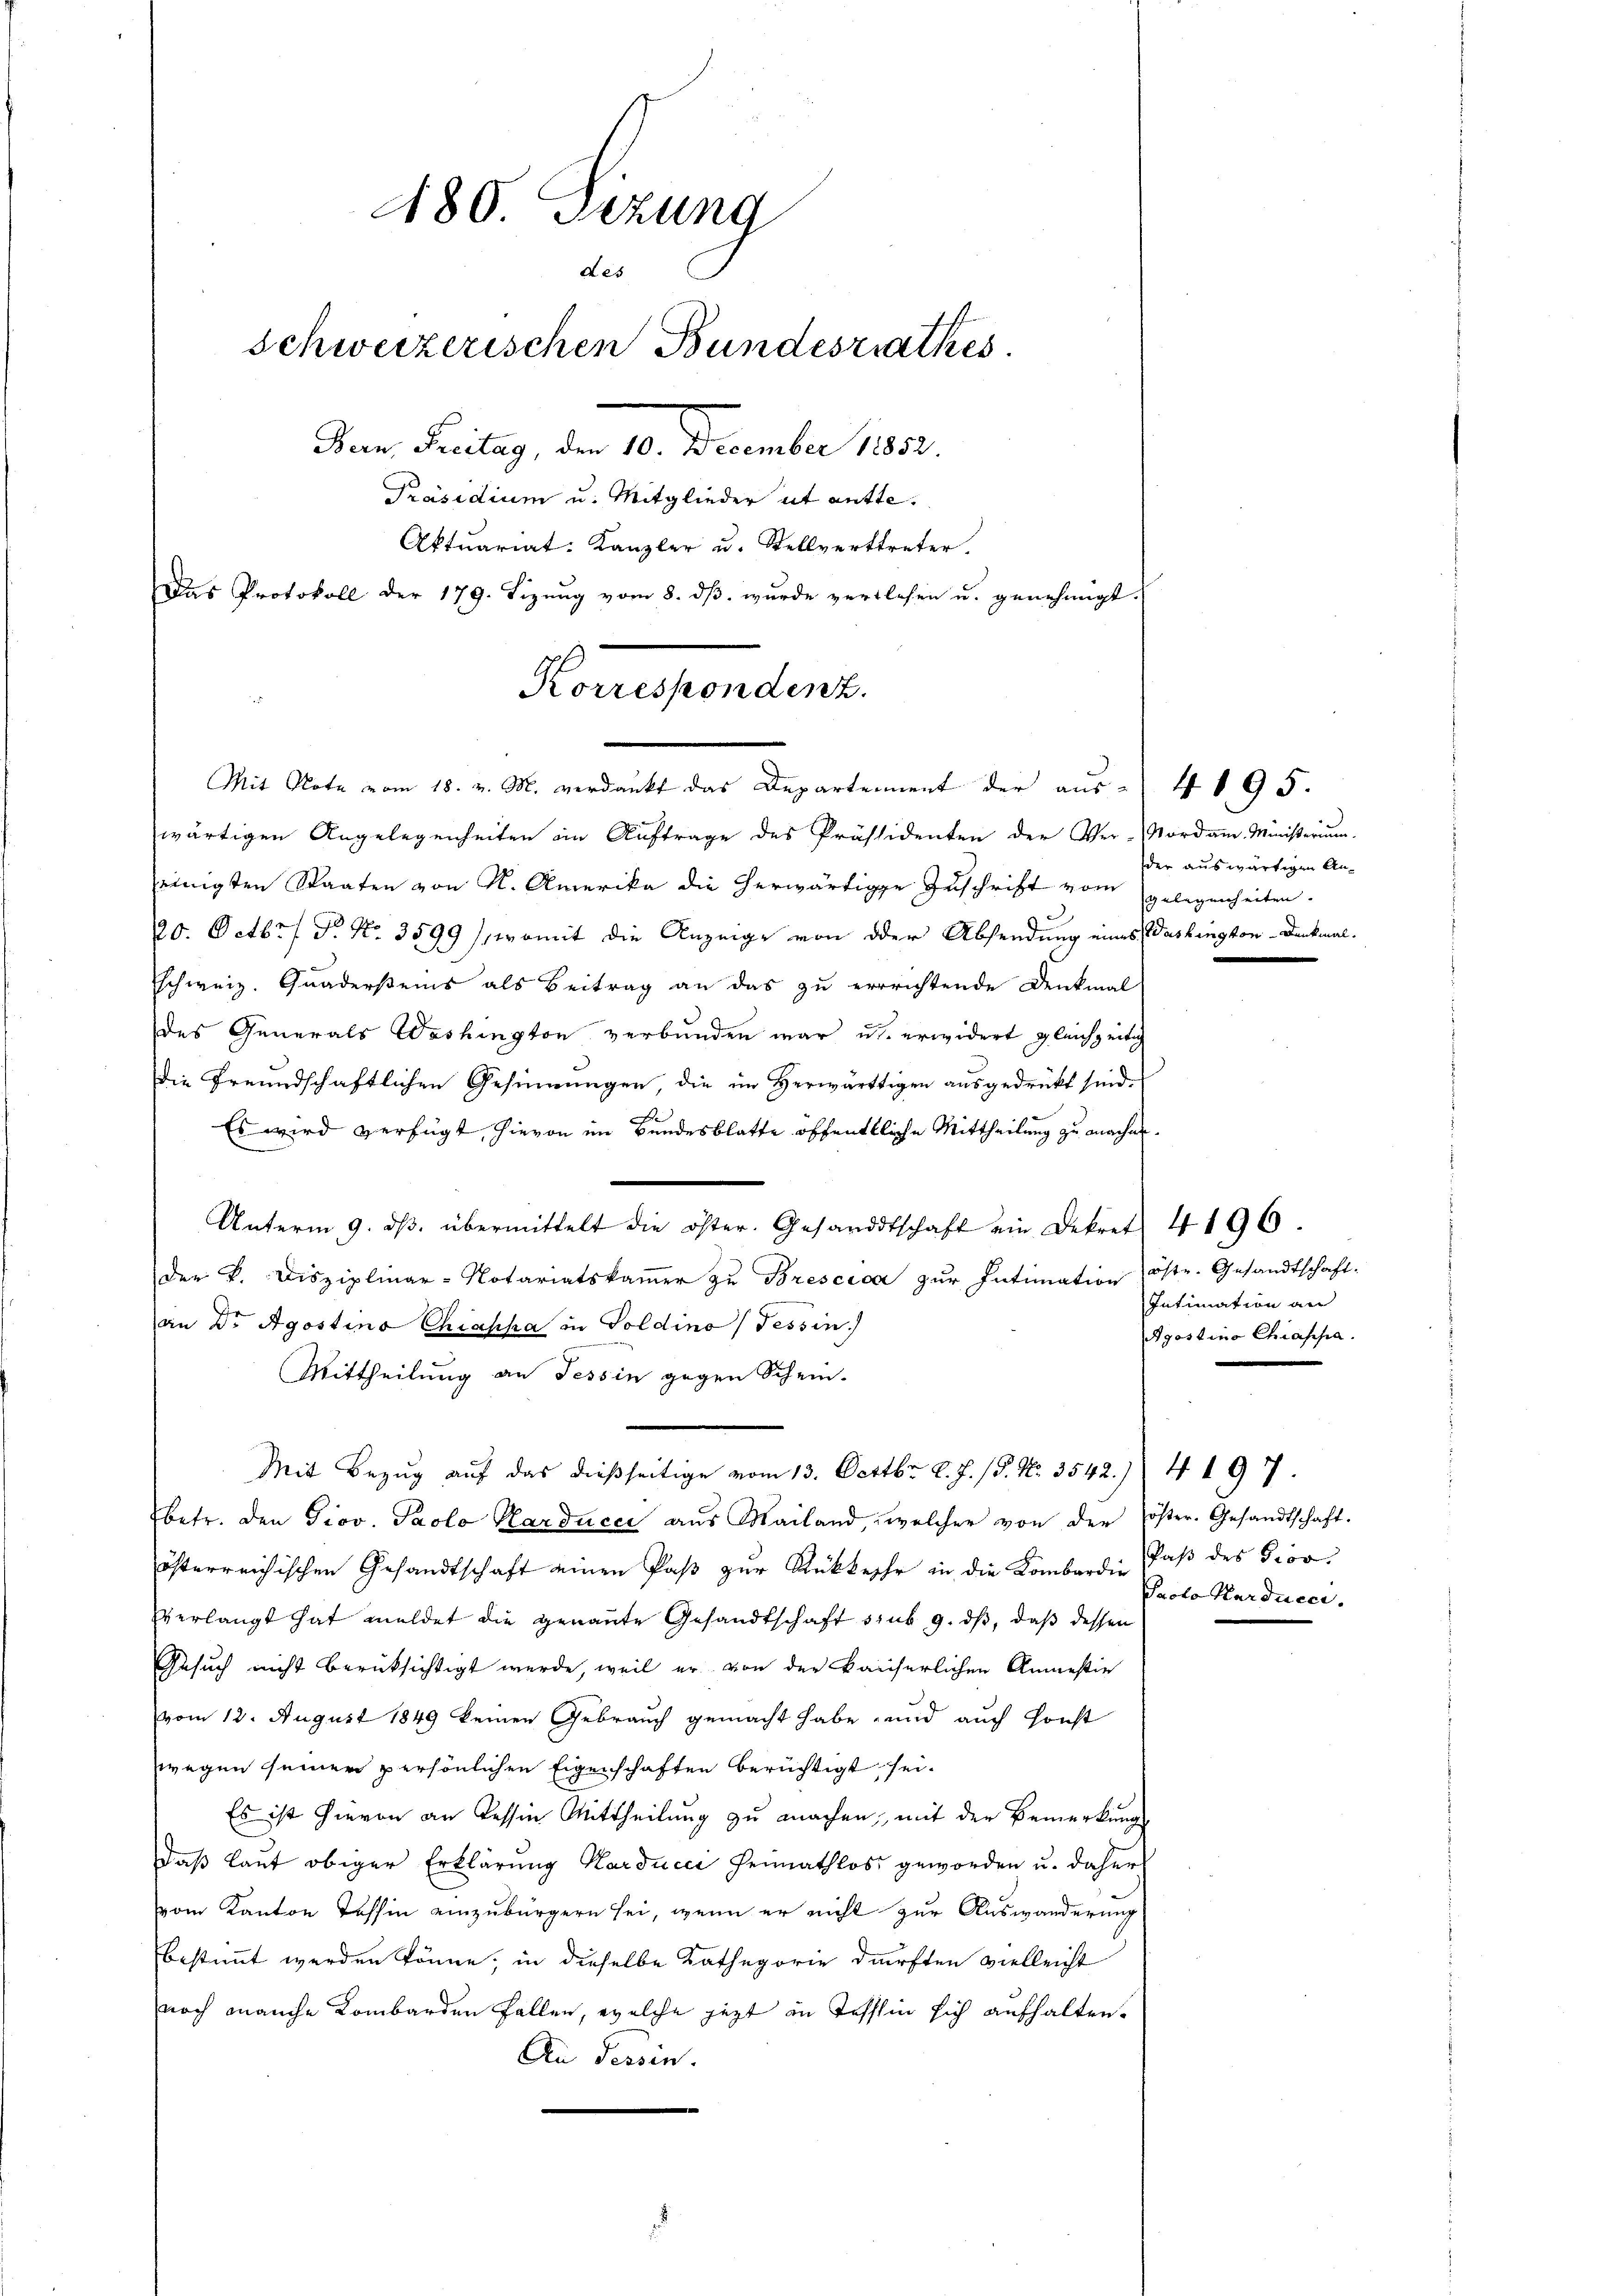
480 Sizung
des
Schweizerischen Bundesrathes.
Ban Freitag, den 10. December 1832.
Präsidium u. Mitglieder ut antte.
Aktuariat: Kanzler u. Stellvertreter.
Das Protokoll der 179. Sizŭng vom 8. dβ. wurde verlesen u. genehmigt.
Korrespondenz.

Mit Note vom 18. v. M. verdankt das Departement der aus 4 195.

wärtigen Angelegenheiten im Auftrage des Präsidenten der Ver-Nordam. Ministerium.
einigten Staaten von M. Amerika die herwärtige Zuschrift vom gelegenheiten.
20. Octbr 7 Fr. No. 3599), womit die Anzeige von der Absendung eines Washington - Denkmal-
schweiz. Quadersteins als Beitrag an das zu errrichtende Denkmal
des Generals Washington verbunden war u. erwidert gleichzeitig
die Freundschaftlichen Gesinnungen, die im Herwärttigen ausgedrückt sind.
Es wird verfügt, hievon im Bundesblatte öffentliche Mittheilung zu machen.
Unterm 9. dβ übermittelt die öster. Gesandtschaft ein Dekret 4196.
der V. Disziplinar-Notariatskaṁer zŭ Brescica zur Intimation öste. Gesandtschaft-
an Dr Agostina Chiaska in Goldino (Tessin.
Mittheilung an Tessin gegen Schein-
Mit Bezug auf das dießseitige vom 13. Octbr. l. J. P. Nr. 3542. 4197.
betr. den Giov. Paolo Karducci aus Mailand, welcher von der Pöster-Gesandtschaft.
österreichischen Gesandtschaft einen Paß zur Rückkehr in die Kombardi, daß des Giov
verlangt hat meldet die genannte Gesandtschaft sub 9. ds, daß dessen
Gesuch nicht berüksichtigt werde, weil er von der kaiserlichen Anmesie
vom 12. August 1849 keinen Gebrauch gemacht habe, und auch sonst
wegen seiner persönlichen Eigenschaften berüchtigt sei.
Es ist hievon an Tessin Mittheilung zu machen, mit der Bemerkung
daß laut obiger Erklärung Karducci Heimathlos geworden u. dahers
vom Kanton Tessin einzubürgern sei, wenn er nicht zur Auswanderung
bestimmt werden könne; in dieselbe Kathegorie dürften vielleicht
noch manche Kombarden Fallen, welche jezt in Tessin sich aufhalten.
An Tessin.

der auswärtigen An¬

Intimation an
Agostina Chiappa.

Pacto Kardueci.